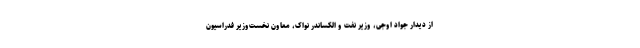
از دیدار جواد اوجی، وزیر نفت و الکساندر نواک، معاون نخست‌وزیر فدراسیون